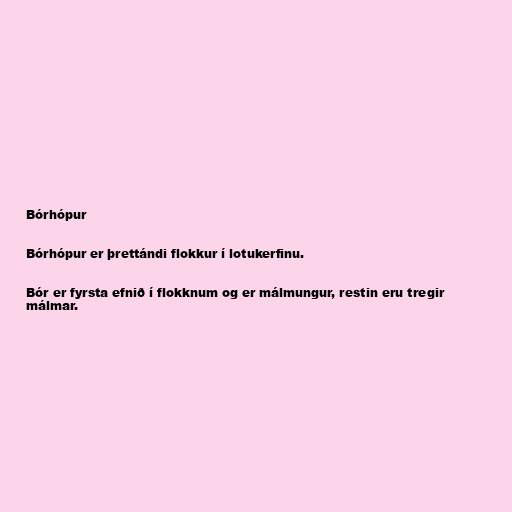
Bórhópur

Bórhópur er þrettándi flokkur í lotukerfinu.

Bór er fyrsta efnið í flokknum og er málmungur, restin eru tregir
málmar.